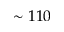
\sim 1 1 0